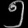
Digit: ၅